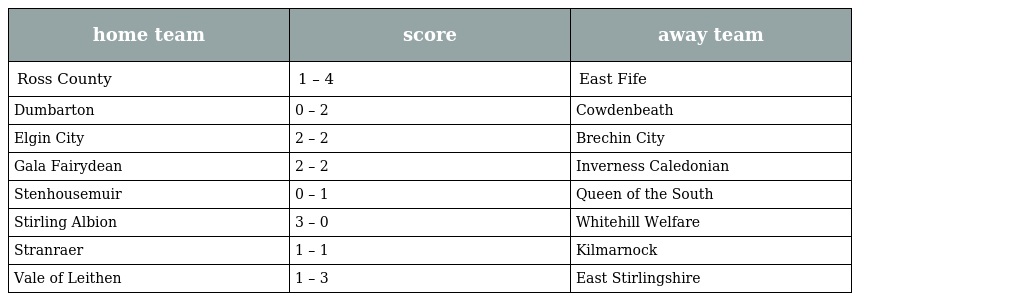
| home team | score | away team |
 | --- | --- | --- |
 | Ross County | 1 – 4 | East Fife |
 | Dumbarton | 0 – 2 | Cowdenbeath |
 | Elgin City | 2 – 2 | Brechin City |
 | Gala Fairydean | 2 – 2 | Inverness Caledonian |
 | Stenhousemuir | 0 – 1 | Queen of the South |
 | Stirling Albion | 3 – 0 | Whitehill Welfare |
 | Stranraer | 1 – 1 | Kilmarnock |
 | Vale of Leithen | 1 – 3 | East Stirlingshire |